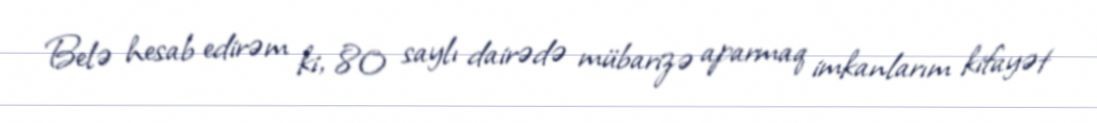
Belə hesab edirəm ki, 80 saylı dairədə mübarizə aparmaq imkanlarım kifayət